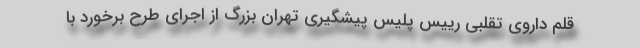
قلم داروی تقلبی رییس پلیس پیشگیری تهران بزرگ از اجرای طرح برخورد با